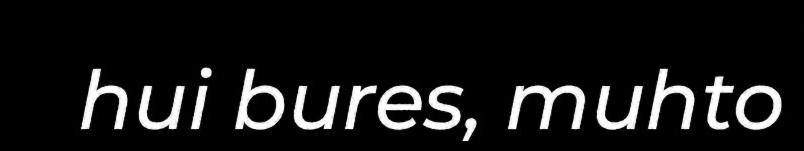
hui bures, muhto